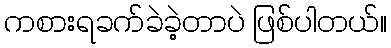
ကစားရခက်ခဲခဲ့တာပဲ ဖြစ်ပါတယ်။